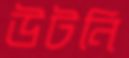
উটনি